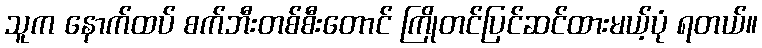
သူက နောက်ထပ် စက်ဘီးတစ်စီးတောင် ကြိုတင်ပြင်ဆင်ထားမယ့်ပုံ ရတယ်။